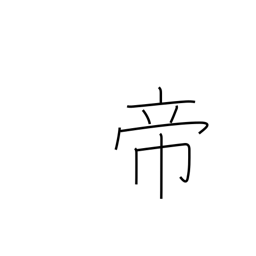
Meaning: sovereign